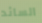
السائد